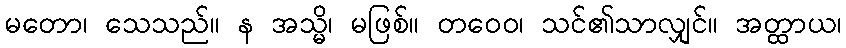
မတော၊ သေသည်။ န အသ္မိ၊ မဖြစ်။ တဝေဝ၊ သင်၏သာလျှင်။ အတ္ထာယ၊